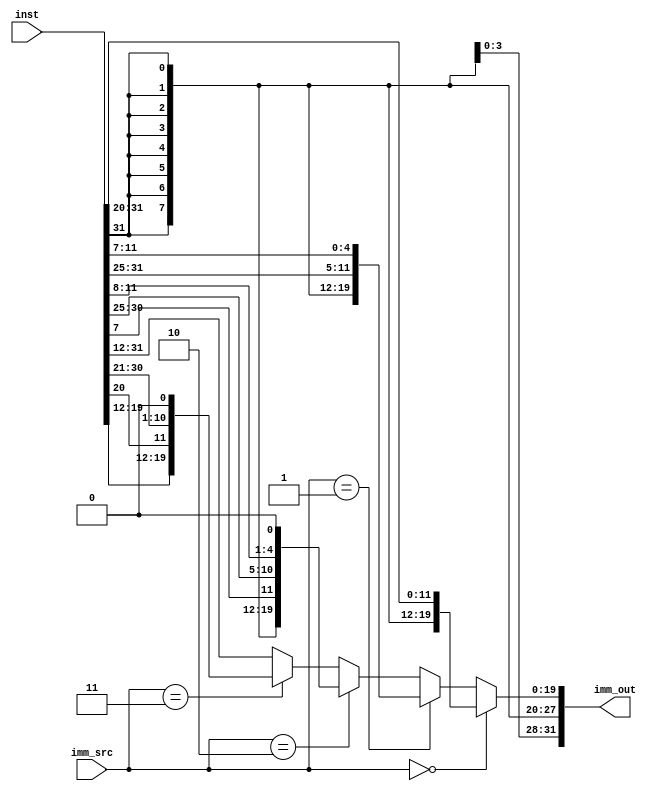
`define I_TYPE 3'b000
`define S_TYPE 3'b001
`define B_TYPE 3'b010
`define J_TYPE 3'b011
`define U_TYPE 3'b100
module imm_extend(inst, imm_src, imm_out);
    input [31:0] inst;
    input [2:0] imm_src;
    output [31:0] imm_out;

        assign imm_out =
            (imm_src==`I_TYPE)?
              {{20{inst[31]}}, inst[31:20]}: 
            (imm_src==`S_TYPE)?
              {{20{inst[31]}}, inst[31:25], inst[11:7]}:
            (imm_src==`B_TYPE)?
              {{19{inst[31]}}, inst[31], inst[7],
                inst[30:25], inst[11:8], 1'b0}:
            (imm_src==`J_TYPE)?
              {{11{inst[31]}}, inst[31], inst[19:12],
                inst[20], inst[30:21], 1'b0}:
            (imm_src==`U_TYPE)?
              {{12{inst[31]}}, inst[31:12]}:
            {{12{inst[31]}}, inst[31:12]}; // some default value

endmodule